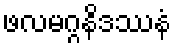
ဖလမဂ္ဂနိဒဿနံ